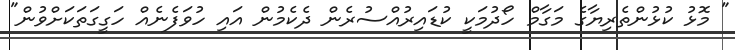
" މޮޅު ކުޅުންތެރިޔާގެ މަގާމް ހޯދުމަކީ ކުޑައިރުއްސުރެން ދެކެމުން އައި ހުވަފެނެއް ހަގީގަތަކަށްވުން"